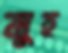
মুহ